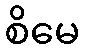
စိမေ